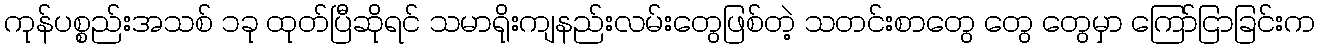
ကုန်ပစ္စည်းအသစ် ၁ခု ထုတ်ပြီဆိုရင် သမာရိုးကျနည်းလမ်းတွေဖြစ်တဲ့ သတင်းစာတွေ တွေ တွေမှာ ကြော်ငြာခြင်းက